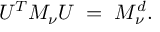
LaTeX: U ^ { T } { \cal M } _ { \nu } U \; = \; { \cal M } _ { \nu } ^ { d } .